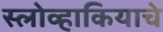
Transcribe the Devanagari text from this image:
स्लोव्हाकियाचे